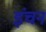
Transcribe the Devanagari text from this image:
इंचन